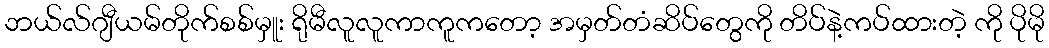
ဘယ်လ်ဂျီယမ်တိုက်စစ်မှူး ရိုမီလူလူကာကူကတော့ အမှတ်တံဆိပ်တွေကို တိပ်နဲ့ကပ်ထားတဲ့ ကို ပိုမို